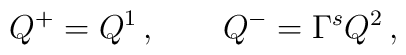
Q^+= Q^1\,,\qquad Q^-=\Gamma^sQ^2\,,